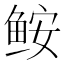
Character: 𩽾